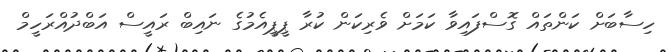
ހިސާބަށް ކަންތައް ގޮސްފައިވާ ކަމަށް ވެރިކަން ކުރާ ޕީޕީއެމުގެ ނައިބް ރައީސް އަބްދުއްރަހީމް